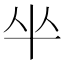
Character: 𠦏